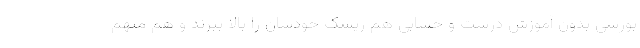
بورسی بدون آموزش درست و حسابی هم ریسک خودشان را بالا ببرند و هم متهم